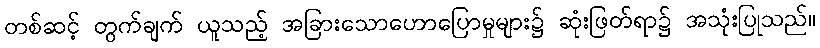
တစ်ဆင့် တွက်ချက် ယူသည့် အခြားသောဟောပြောမှုများ၌ ဆုံးဖြတ်ရာ၌ အသုံးပြုသည်။